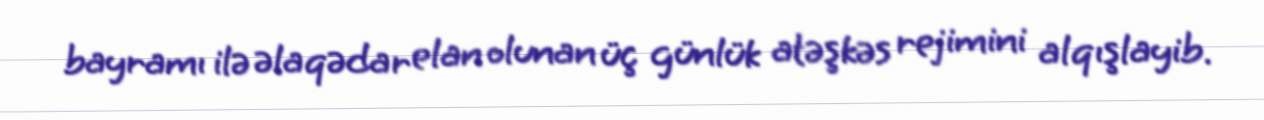
bayramı ilə əlaqədar elan olunan üç günlük atəşkəs rejimini alqışlayib.